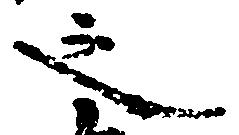
之